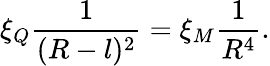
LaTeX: \xi_{Q}\frac{1}{(R-l)^{2}}=\xi_{M}\frac{1}{R^{4}}.